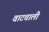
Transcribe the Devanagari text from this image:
वाटचाली